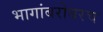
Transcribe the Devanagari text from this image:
भागांबरोबरच